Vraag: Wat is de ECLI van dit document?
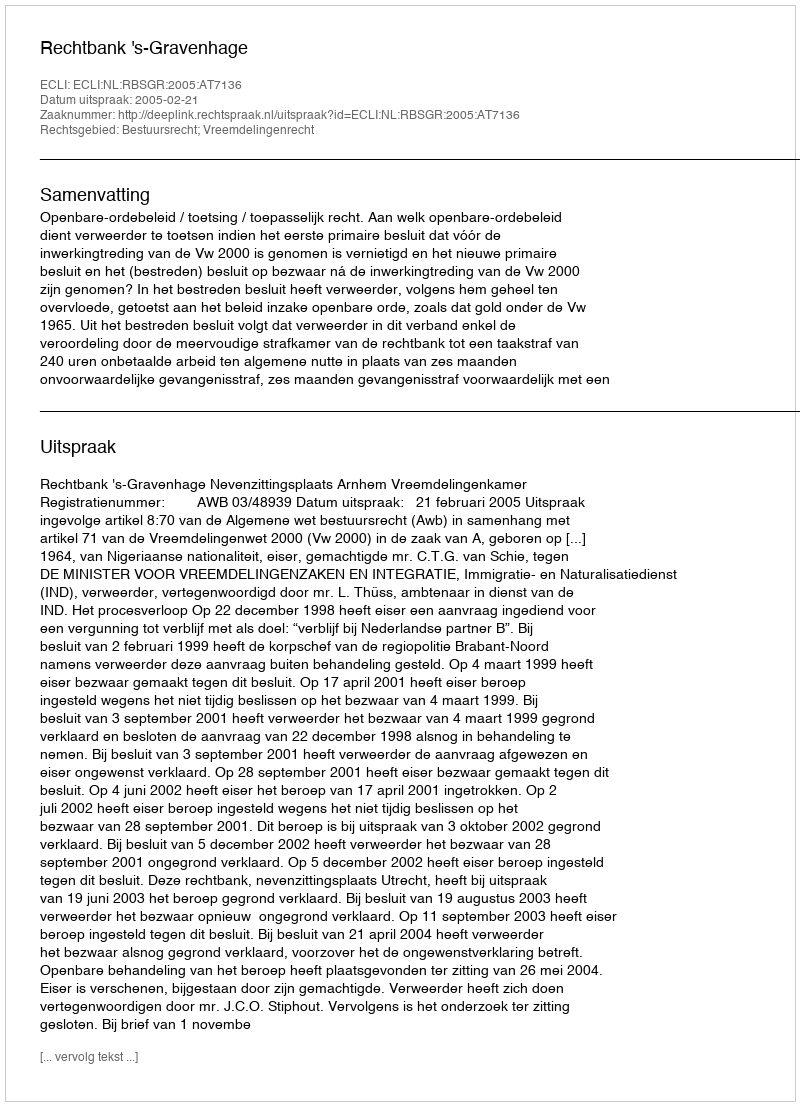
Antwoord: ECLI:NL:RBSGR:2005:AT7136